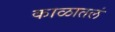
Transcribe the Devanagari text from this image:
काळातलं